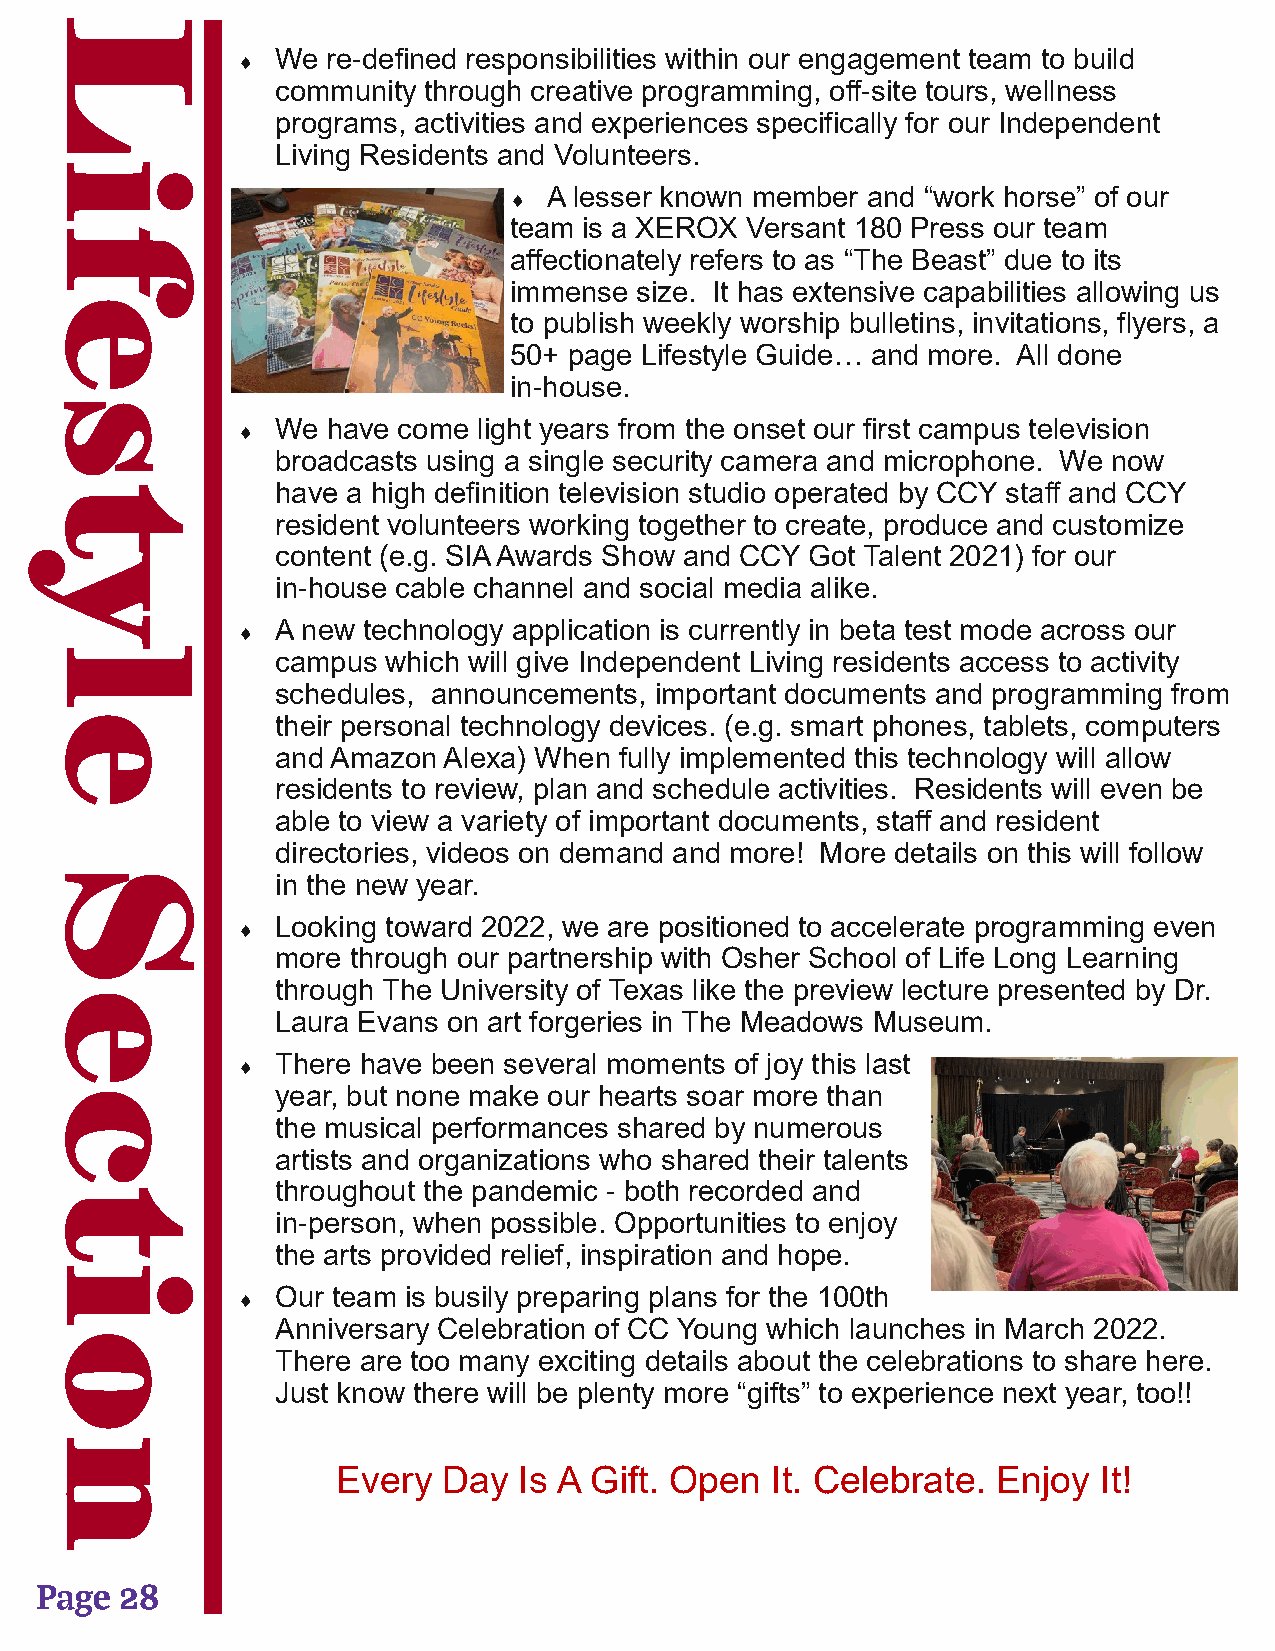
L
 We  re-defined responsibilities within our engagement team to build
 
 community through creative programming, off-site tours, wellness
 programs, activities and experiences specifically for our Independent
 Living Residents and Volunteers.
 i
 A lesser known member and “work horse” of our
 
 team is a XEROX Versant 180 Press our team
 f
 affectionately refers to as “The Beast” due to its
 immense size. It has extensive capabilities allowing us
 e
 to publish weekly worship bulletins, invitations, flyers, a
 50+ page Lifestyle Guide… and more. All done
 in-house.
 s
 We  have come light years from the onset our first campus television
 
 broadcasts using a single security camera and microphone. We now
 have a high definition television studio operated by CCY staff and CCY
 t
 resident volunteers working together to create, produce and customize
 content (e.g. SIA Awards Show and CCY Got Talent 2021) for our
 y
 in-house cable channel and social media alike.
 A new technology application is currently in beta test mode across our
 
 l               campus  which will give Independent Living residents access to activity
 schedules, announcements, important documents and programming from
 e               their personal technology devices. (e.g. smart phones, tablets, computers
 and Amazon Alexa) When fully implemented this technology will allow
 residents to review, plan and schedule activities. Residents will even be
 able to view a variety of important documents, staff and resident
 directories, videos on demand and more! More details on this will follow
 S
 in the new year.
 Looking toward 2022, we are positioned to accelerate programming even
 
 more through our partnership with Osher School of Life Long Learning
 through The University of Texas like the preview lecture presented by Dr.
 e
 Laura Evans on art forgeries in The Meadows Museum.
 There have been several moments of joy this last
 
 year, but none make our hearts soar more than
 c
 the musical performances shared by numerous
 artists and organizations who shared their talents
 throughout the pandemic - both recorded and
 t
 in-person, when possible. Opportunities to enjoy
 the arts provided relief, inspiration and hope.
 i
 Our team is busily preparing plans for the 100th
 
 Anniversary Celebration of CC Young which launches in March 2022.
 o
 There are too many exciting details about the celebrations to share here.
 Just know there will be plenty more “gifts” to experience next year, too!!
 n
 Every  Day  Is A Gift. Open  It. Celebrate. Enjoy  It!